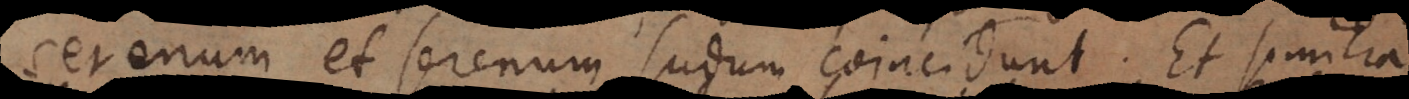
serenum et serenum sudum coincidunt. Et similia